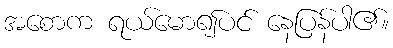
အစောက ရယ်မော၍ပင် နေပြန်ပါ၏။